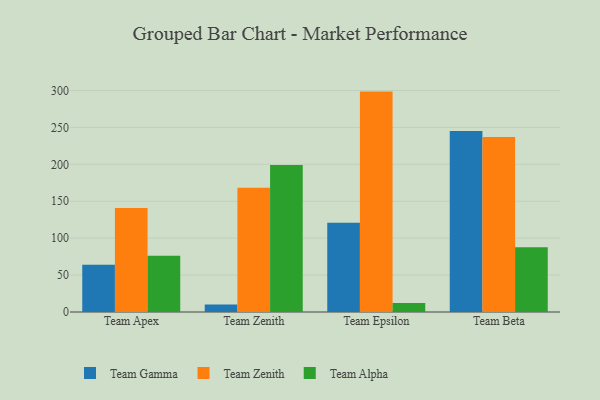
{"axis": {"x": "Team", "y": "Gross Profit (USD K)"}, "legend": ["Team Alpha", "Team Gamma", "Team Zenith"], "data": [{"x": "Team Apex", "y": 63.9, "type": "Team Gamma"}, {"x": "Team Apex", "y": 141.0, "type": "Team Zenith"}, {"x": "Team Apex", "y": 76.3, "type": "Team Alpha"}, {"x": "Team Zenith", "y": 10.0, "type": "Team Gamma"}, {"x": "Team Zenith", "y": 168.4, "type": "Team Zenith"}, {"x": "Team Zenith", "y": 199.2, "type": "Team Alpha"}, {"x": "Team Epsilon", "y": 120.8, "type": "Team Gamma"}, {"x": "Team Epsilon", "y": 298.5, "type": "Team Zenith"}, {"x": "Team Epsilon", "y": 12.2, "type": "Team Alpha"}, {"x": "Team Beta", "y": 245.3, "type": "Team Gamma"}, {"x": "Team Beta", "y": 237.0, "type": "Team Zenith"}, {"x": "Team Beta", "y": 87.8, "type": "Team Alpha"}]}